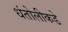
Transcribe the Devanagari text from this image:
धंतोलीकडे